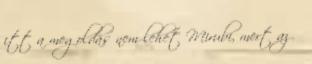
itt a megoldás nem lehet Mirubi, mert az Ő